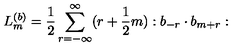
L _ { m } ^ { ( b ) } = \frac { 1 } { 2 } \sum _ { r = - \infty } ^ { \infty } ( r + \frac { 1 } { 2 } m ) : b _ { - r } \cdot b _ { m + r } :